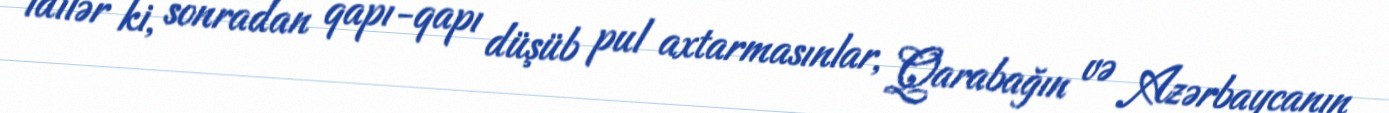
idilər ki, sonradan qapı-qapı düşüb pul axtarmasınlar, Qarabağın və Azərbaycanın